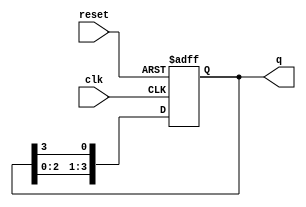
module ring_counter (
    input wire clk,       // Clock signal
    input wire reset,     // Asynchronous reset signal
    output reg [n-1:0] q  // Output state of the ring counter
);
    parameter n = 4;      // Number of flip-flops (bits in the counter)

    // Initial state
    initial begin
        q = 1'b1; // Set the first flip-flop to '1' and others to '0'
    end

    // Synchronous operation
    always @(posedge clk or posedge reset) begin
        if (reset) begin
            q <= 1'b1; // Reset state: only the first flip-flop is '1'
        end else begin
            q <= {q[n-2:0], q[n-1]}; // Shift the '1' to the right
        end
    end
endmodule